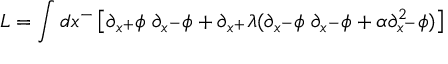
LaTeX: L = \int d x ^ { - } \left[ \partial _ { x ^ { + } } \phi \; \partial _ { x ^ { - } } \phi + \partial _ { x ^ { + } } \lambda ( \partial _ { x ^ { - } } \phi \; \partial _ { x ^ { - } } \phi + \alpha \partial _ { x ^ { - } } ^ { 2 } \phi ) \right]